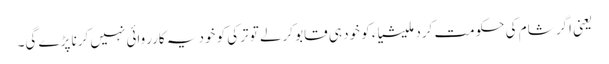
یعنی اگر شام کی حکومت کرد ملیشیاء کو خود ہی قابو کرلے تو ترکی کو خود یہ کارروائی نہیں کرنا پڑے گی۔